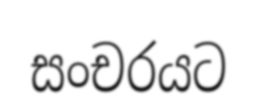
සංචරයට